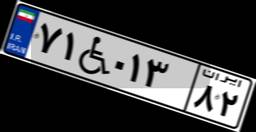
۷۱W۰۱۳۸۲